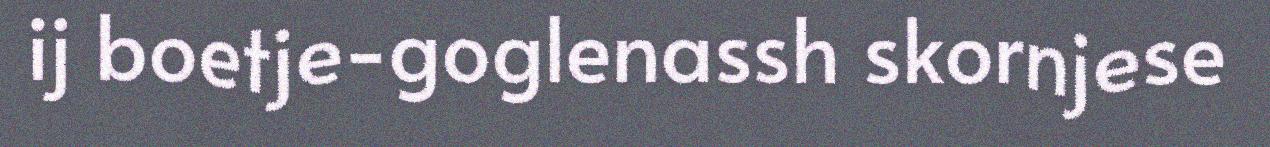
ij boetje-goglenassh skornjese